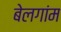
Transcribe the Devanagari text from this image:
बेलगांम